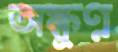
অক্ষুণ্ণ